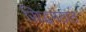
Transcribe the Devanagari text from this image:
सिद्धमठात